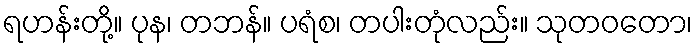
ရဟန်းတို့။ ပုန၊ တဘန်။ ပရံစ၊ တပါးတုံလည်း။ သုတဝတော၊